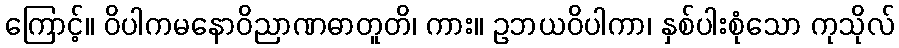
ကြောင့်။ ဝိပါကမနောဝိညာဏဓာတူတိ၊ ကား။ ဥဘယဝိပါကာ၊ နှစ်ပါးစုံသော ကုသိုလ်